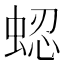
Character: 𬠍